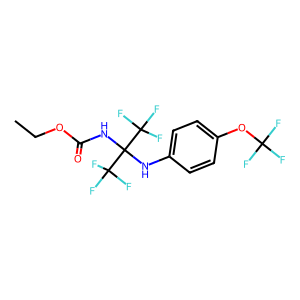
SMILES: CCOC(=O)NC(Nc1ccc(OC(F)(F)F)cc1)(C(F)(F)F)C(F)(F)F
Inhibits HIV replication: No